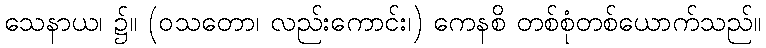
သေနာယ၊ ၌။ (ဝသတော၊ လည်းကောင်း၊) ကေနစိ တစ်စုံတစ်ယောက်သည်။